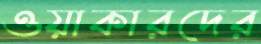
ওয়াকারদের